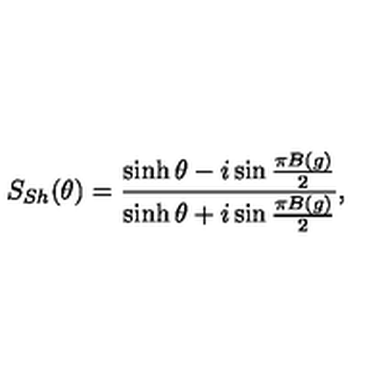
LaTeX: S _ { S h } ( \theta ) = \frac { \sinh \theta - i \sin \frac { \pi B ( g ) } { 2 } } { \sinh \theta + i \sin \frac { \pi B ( g ) } { 2 } } ,